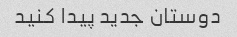
دوستان جدید پیدا کنید